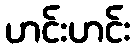
ဟင်းဟင်း